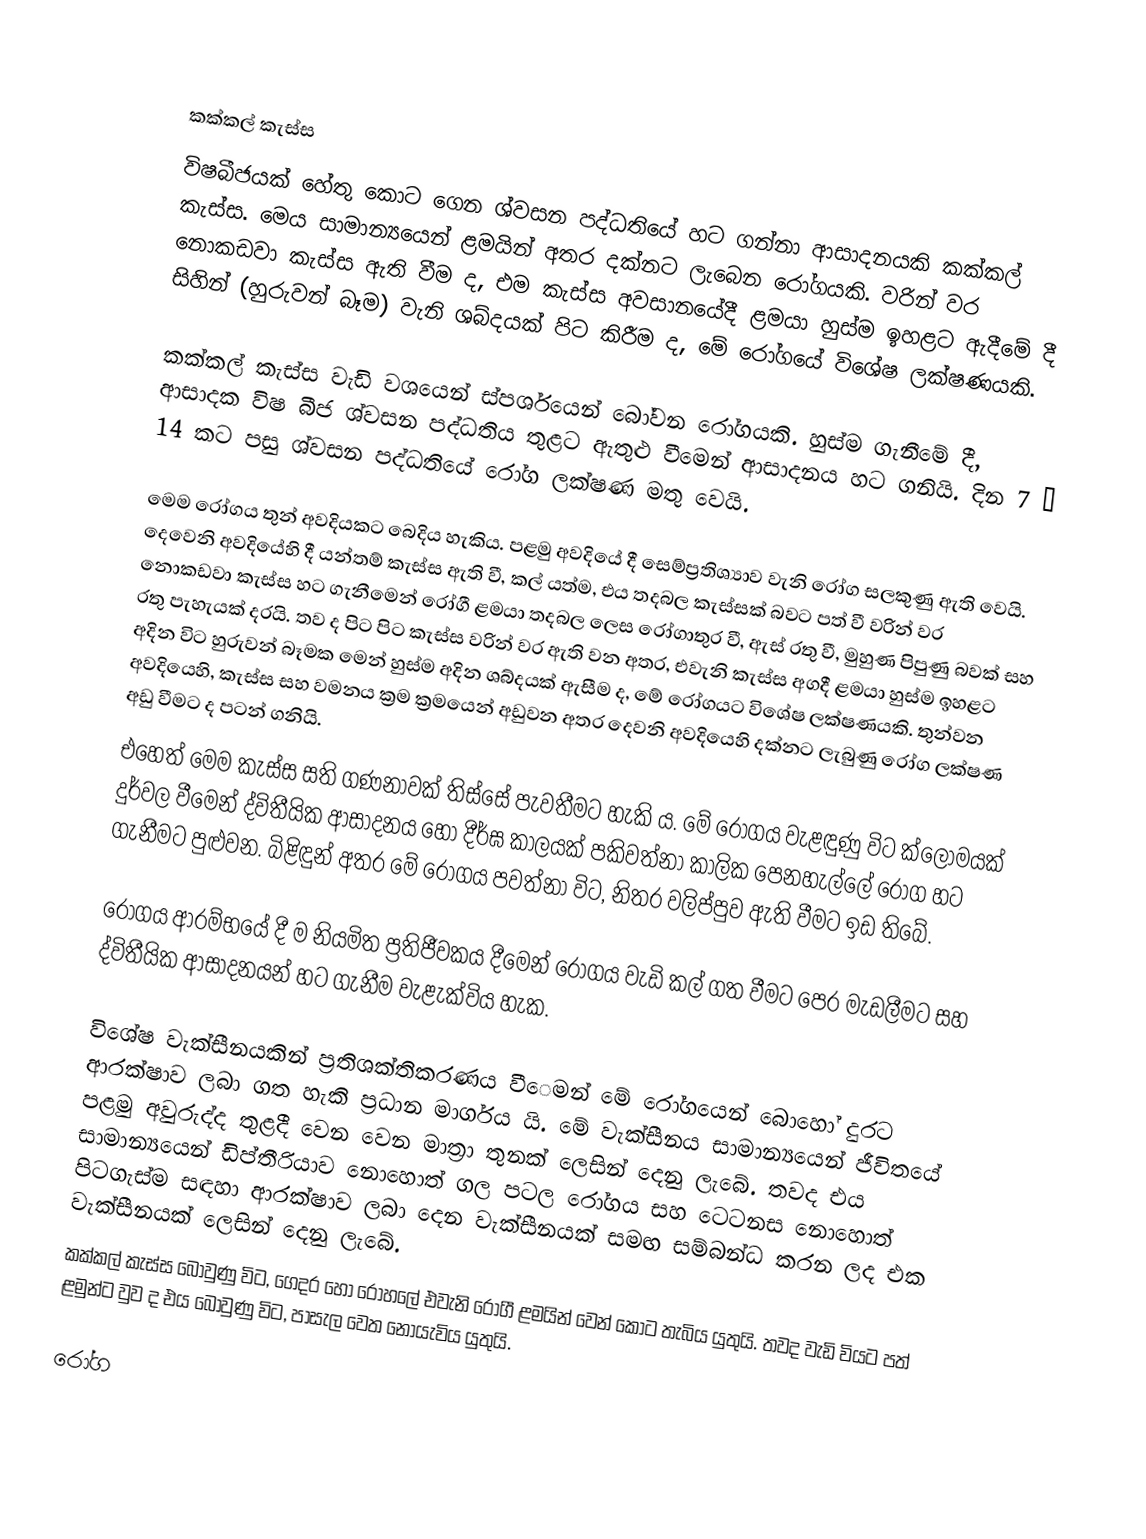

කක්කල් කැස්ස
විෂබීජයක් හේතු කොට ගෙන ශ්වසන පද්ධතියේ හට ගන්නා ආසාදනයකි කක්කල් කැස්ස. මෙය සාමාන්‍යයෙන් ළමයින් අතර දක්නට ලැබෙන රෝගයකි. වරින් ‍වර නොකඩවා කැස්ස ඇති වීම ද, එම කැස්ස අවසානයේදී ළමයා හුස්ම ඉහළට ඇදීමේ දී සිහින් (හුරුවන් බෑම) වැනි ශබ්දයක් පිට කිරීම ද, මේ රෝගයේ විශේෂ ලක්ෂණයකි.

කක්කල් කැස්ස වැඩි වශයෙන් ස්ප‍ර්ශයෙන් බෝවන රෝගයකි. හුස්ම ගැනීමේ දී, ආසාදක විෂ බීජ ශ්වසන පද්ධතිය තුළට ඇතුළු වීමෙන් ආසාදනය හට ගනියි. දින 7 – 14 කට  පසු ශ්වසන පද්ධතියේ රෝග ලක්ෂණ මතු වෙයි.

මෙම ‍රෝගය තුන් අවදියකට බෙදිය හැකිය. පළමු අවදියේ දී සෙම්ප්‍රතිශ්‍යාව වැනි රෝග සලකුණු ඇති වෙයි. දෙවෙනි අවදියේහි දී යන්තම් කැස්ස ඇති වී, කල් යත්ම, එය තදබල කැස්සක් බවට පත් වී ‍වරින් වර නොකඩවා කැස්ස හට ගැනීමෙන් රෝගී ළමයා තදබල ලෙස රෝගාතුර වී, ඇස් රතු වී, මුහුණ පිපුණු බවක් සහ රතු පැහැයක් දරයි. තව ද පිට පිට කැස්ස වරින් වර ඇති වන අතර, එවැනි කැස්ස අගදී ළමයා හුස්ම ඉහළට අදින විට හුරුවන් බෑමක මෙන් හුස්ම අදින ශබ්දයක් ඇසීම ද, මේ රෝගයට ‍විශේෂ ලක්ෂණයකි. තුන්වන අවදියෙහි, කැස්ස සහ වමනය ක්‍රම ක්‍රමයෙන් අඩුවන අතර දෙවනි අවදියෙහි දක්නට ලැබුණු ‍රෝග ලක්ෂණ අඩු වීමට ද පටන් ගනියි.
එහෙත් මෙම කැස්ස සති ගණනාවක් තිස්සේ පැවතීමට හැකි ය. මේ රෝගය ‍වැළඳුණු විට ක්ලෝමයක් දුර්වල වීමෙන් ද්විතීයික ආසාදනය හෝ දීර්ඝ කාලයක් ප‍කිවත්නා කාලික පෙනහැල්ලේ රෝග හට ගැනීමට පුළුවන. බිළිඳුන් අතර මේ රෝගය පවත්නා විට, නිතර වලිප්පුව ඇති වීම‍ට ඉඩ තිබේ.

රෝගය ආරම්භයේ දී ම නියමිත ප්‍රතිජීවකය දීමෙන් රෝගය වැඩි කල් ගත වීමට පෙර මැ‍ඩලීමට සහ ද්විතීයික ආසාදනයන් හට ගැනීම වැළැක්විය හැක.

විශේෂ වැක්සීනයකින් ප්‍රතිශක්තිකරණය වීෙමන් මේ රෝගයෙන් බොහෝ දුරට ආරක්ෂාව ලබා ගත හැකි ප්‍රධාන මාර්ගය යි. මේ වැක්සීනය සාමාන්‍යයෙන් ජීවිතයේ පළමු අවුරුද්ද තුළදී වෙන වෙන මාත්‍රා තුනක් ලෙසින් දෙනු ලැබේ.  තවද එය සාමාන්‍යයෙන් ඩිප්තීරියාව නොහොත් ගල පටල රෝගය සහ ‍ටෙටනස නොහොත් පිටගැස්ම සඳහා ආරක්ෂාව ලබා දෙන වැක්සීනයක් සමඟ සම්බන්ධ කරන ලද එක වැක්සීනයක් ලෙසින් දෙනු ලැබේ.
කක්කල් කැස්ස බෝවුණු විට, ගෙදර හෝ රෝහලේ එවැනි රෝගී ළමයින් වෙන් කොට තැබිය යුතුයි. ත‍වද වැඩි වියට පත් ළමුන්ට වුව ද එය බෝවුණු ‍විට, පාසැල වෙත නොයැවිය යුතුයි.

රෝග